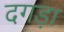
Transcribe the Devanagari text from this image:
दगड़ा